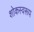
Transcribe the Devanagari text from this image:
शोकस्वरूप